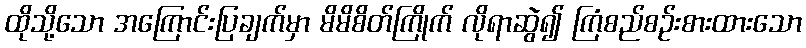
ထိုသို့သော အကြောင်းပြချက်မှာ မိမိစိတ်ကြိုက် လိုရာဆွဲ၍ ကြံစည်စဉ်းစားထားသော